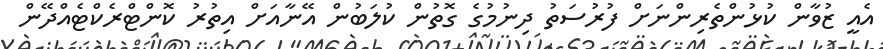
އެއީ ޒުވާން ކުޅުންތެރިންނަށް ފުރުސަތު ދިނުމުގެ ގޮތުން ކުލަބުން އޭނާއަށް އިތުރު ކޮންޓްރެކްޓެއްދޭން